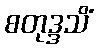
စတုဒ္ဒသိံ